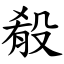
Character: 殽